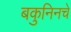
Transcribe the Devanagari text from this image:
बकुनिनचे